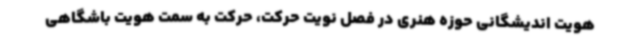
هویت اندیشگانی حوزه هنری در فصل نویت حرکت، حرکت به سمت هویت باشگاهی